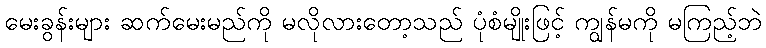
မေးခွန်းများ ဆက်မေးမည်ကို မလိုလားတော့သည် ပုံစံမျိုးဖြင့် ကျွန်မကို မကြည့်ဘဲ